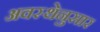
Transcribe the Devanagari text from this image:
अवस्थेनुसार